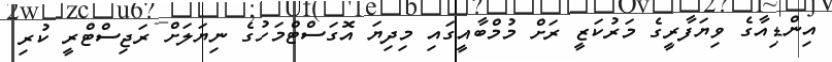
އިންްޑިއާގެ ވިޔަފާރީގެ މަރުކަޒީ ރަށް މުމްބާއީގައި މިދިޔަ އޮގަސްޓްމަހުގެ ނިޔަލަށް ރަޖިސްޓްރީ ކުރި